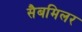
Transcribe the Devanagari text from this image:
सैबमिलर